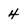
Character: 4